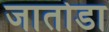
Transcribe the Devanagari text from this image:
जातोडा